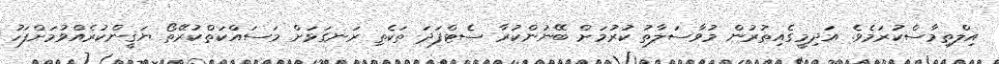
އިލްތިމާސްކުރަމެވެ. އަދިމީގެއިތުރުން މުވާސަލާތު ކުރުމަށް ބޭނުންކުރާ ސެޓްފަދަ ތަކެތި ރަނގަޅަށް މަސައްކަތްކުރޭތޯ ޔަޤީންކުރެއްވުމަށްފަހު